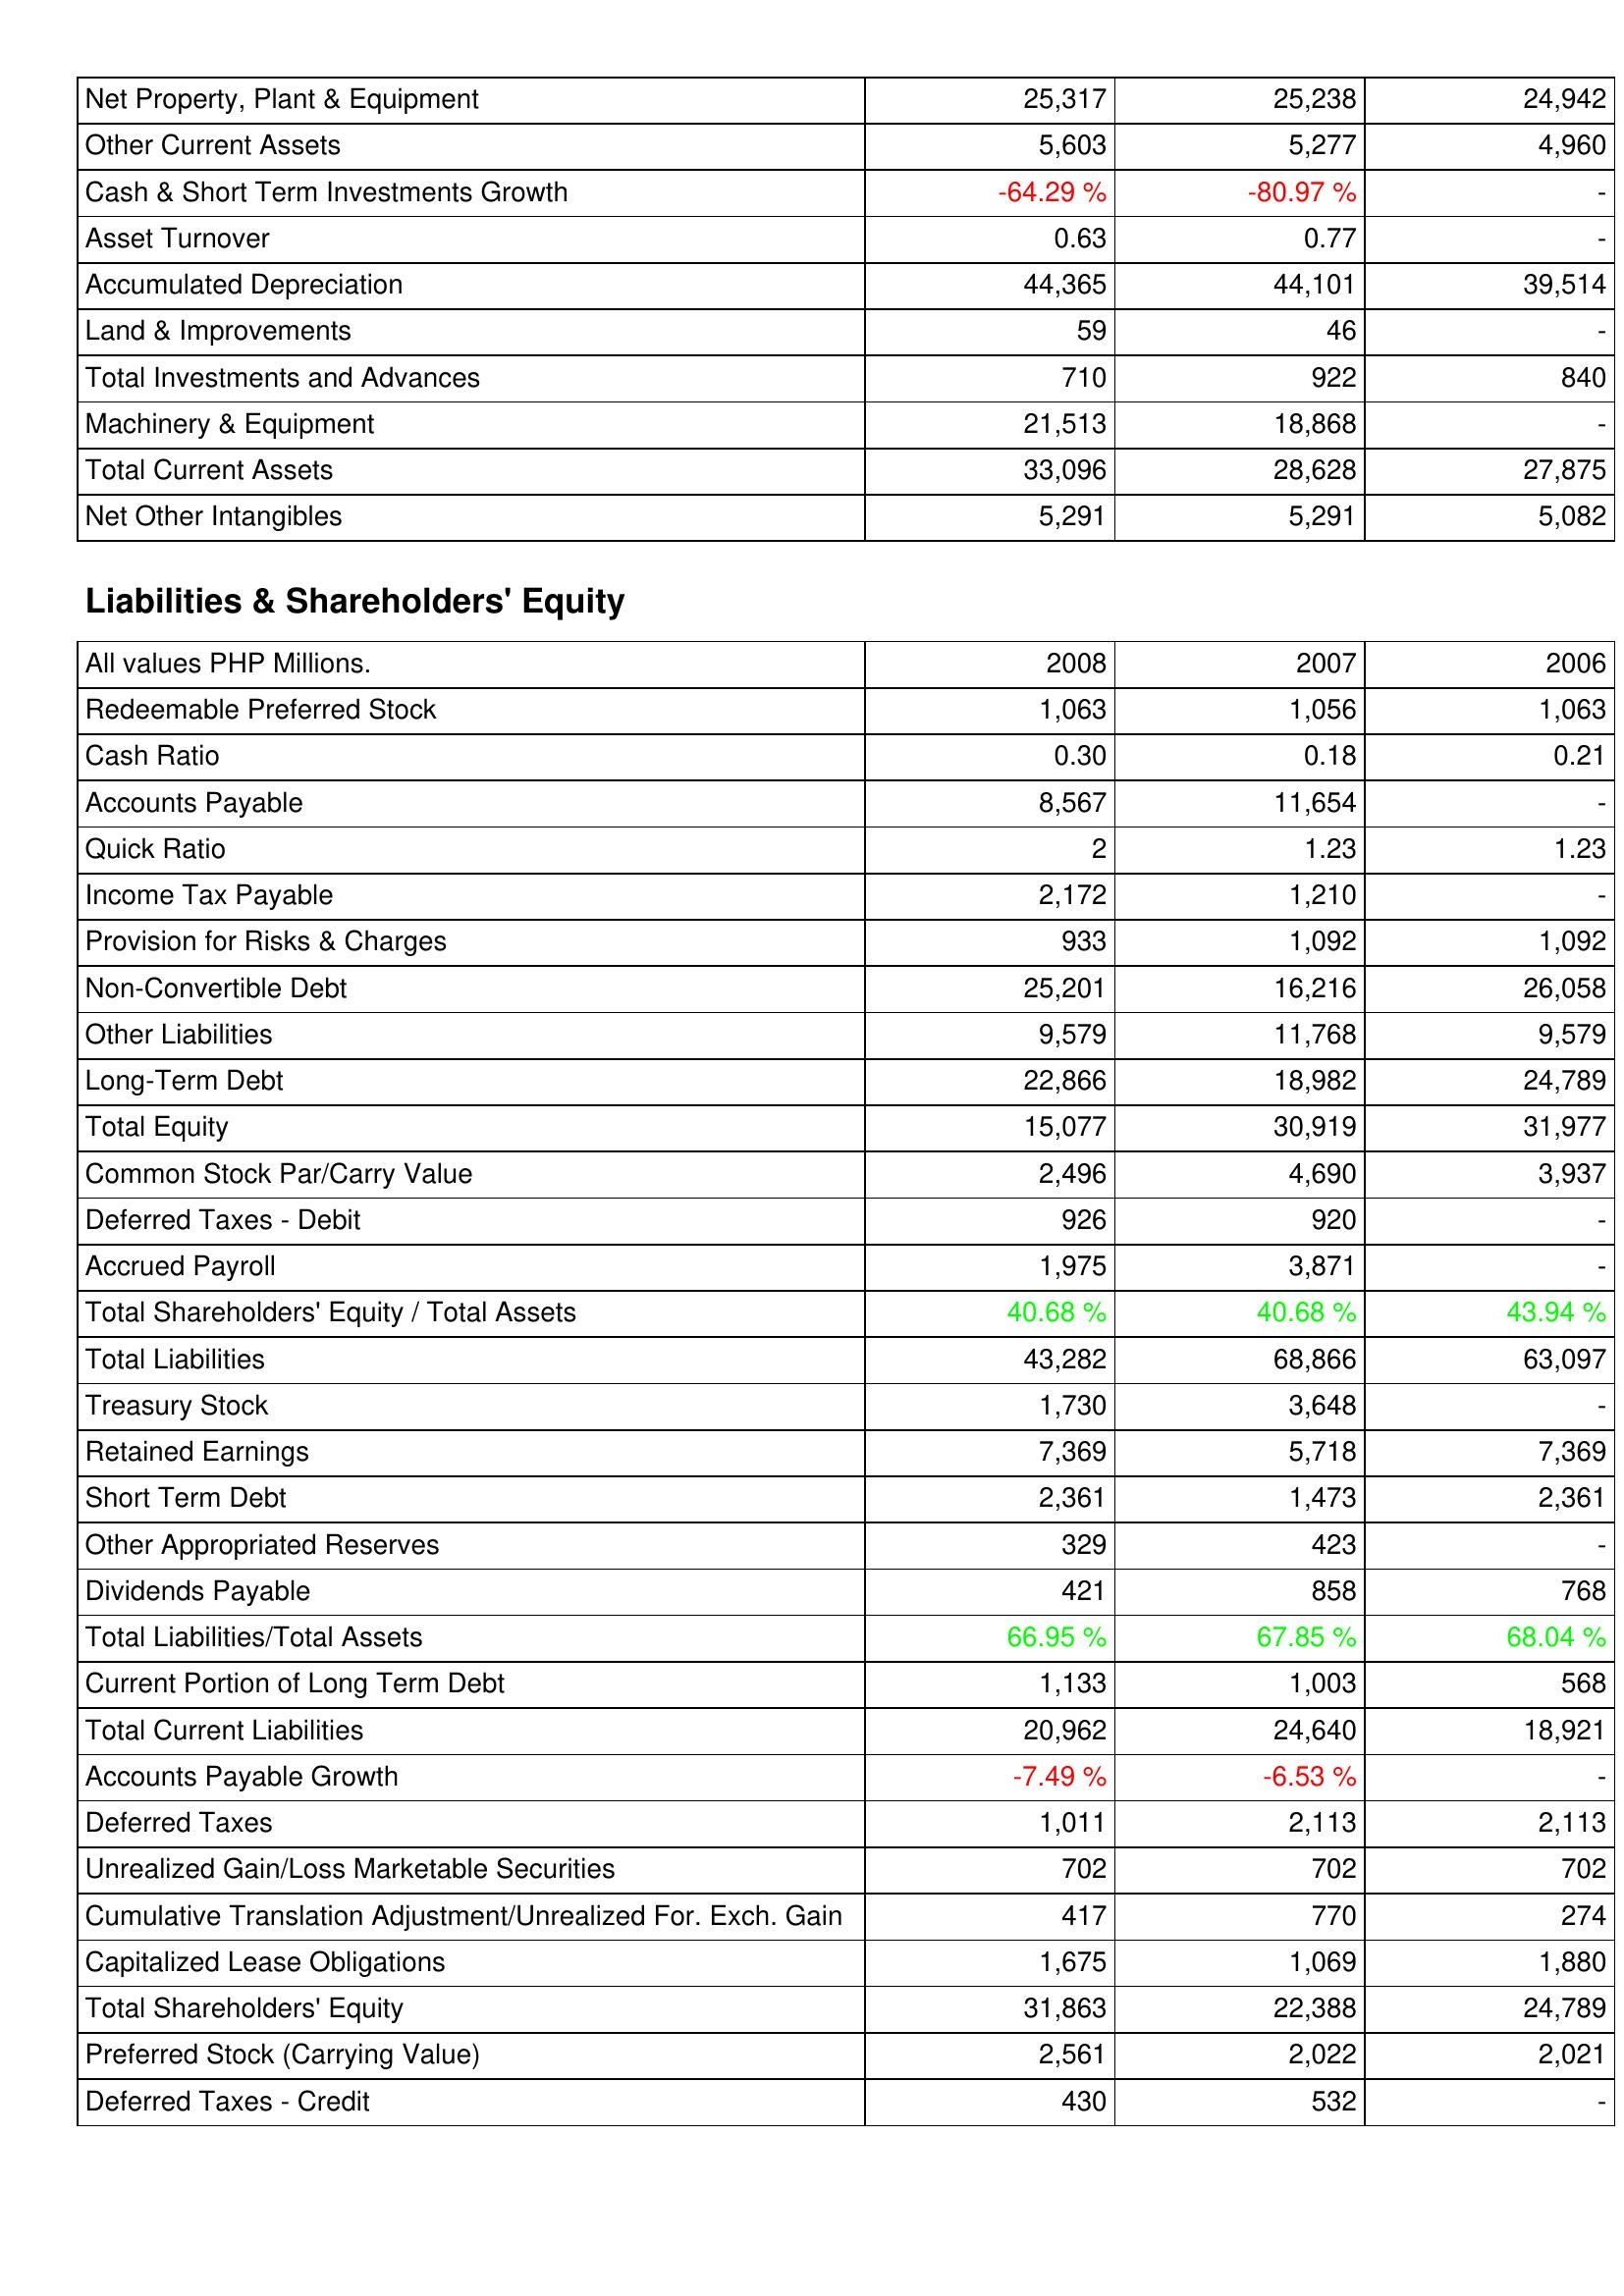
2008: Assets: Net Property, Plant & Equipment: 25,317
Other Current Assets: 5,603
Cash & Short Term Investments Growth: -64.29 %
Asset Turnover: 0.63
Accumulated Depreciation: 44,365
Land & Improvements: 59
Total Investments and Advances: 710
Machinery & Equipment: 21,513
Total Current Assets: 33,096
Net Other Intangibles: 5,291
Liabilities & Shareholders' Equity: Redeemable Preferred Stock: 1,063
Cash Ratio: 0.30
Accounts Payable: 8,567
Quick Ratio: 2
Income Tax Payable: 2,172
Provision for Risks & Charges: 933
Non-Convertible Debt: 25,201
Other Liabilities: 9,579
Long-Term Debt: 22,866
Total Equity: 15,077
Common Stock Par/Carry Value: 2,496
Deferred Taxes - Debit: 926
Accrued Payroll: 1,975
Total Shareholders' Equity / Total Assets: 40.68 %
Total Liabilities: 43,282
Treasury Stock: 1,730
Retained Earnings: 7,369
Short Term Debt: 2,361
Other Appropriated Reserves: 329
Dividends Payable: 421
Total Liabilities/Total Assets: 66.95 %
Current Portion of Long Term Debt: 1,133
Total Current Liabilities: 20,962
Accounts Payable Growth: -7.49 %
Deferred Taxes: 1,011
Unrealized Gain/Loss Marketable Securities: 702
Cumulative Translation Adjustment/Unrealized For. Exch. Gain: 417
Capitalized Lease Obligations: 1,675
Total Shareholders' Equity: 31,863
Preferred Stock (Carrying Value): 2,561
Deferred Taxes - Credit: 430
2007: Assets: Net Property, Plant & Equipment: 25,238
Other Current Assets: 5,277
Cash & Short Term Investments Growth: -80.97 %
Asset Turnover: 0.77
Accumulated Depreciation: 44,101
Land & Improvements: 46
Total Investments and Advances: 922
Machinery & Equipment: 18,868
Total Current Assets: 28,628
Net Other Intangibles: 5,291
Liabilities & Shareholders' Equity: Redeemable Preferred Stock: 1,056
Cash Ratio: 0.18
Accounts Payable: 11,654
Quick Ratio: 1.23
Income Tax Payable: 1,210
Provision for Risks & Charges: 1,092
Non-Convertible Debt: 16,216
Other Liabilities: 11,768
Long-Term Debt: 18,982
Total Equity: 30,919
Common Stock Par/Carry Value: 4,690
Deferred Taxes - Debit: 920
Accrued Payroll: 3,871
Total Shareholders' Equity / Total Assets: 40.68 %
Total Liabilities: 68,866
Treasury Stock: 3,648
Retained Earnings: 5,718
Short Term Debt: 1,473
Other Appropriated Reserves: 423
Dividends Payable: 858
Total Liabilities/Total Assets: 67.85 %
Current Portion of Long Term Debt: 1,003
Total Current Liabilities: 24,640
Accounts Payable Growth: -6.53 %
Deferred Taxes: 2,113
Unrealized Gain/Loss Marketable Securities: 702
Cumulative Translation Adjustment/Unrealized For. Exch. Gain: 770
Capitalized Lease Obligations: 1,069
Total Shareholders' Equity: 22,388
Preferred Stock (Carrying Value): 2,022
Deferred Taxes - Credit: 532
2006: Assets: Net Property, Plant & Equipment: 24,942
Other Current Assets: 4,960
Cash & Short Term Investments Growth: -
Asset Turnover: -
Accumulated Depreciation: 39,514
Land & Improvements: -
Total Investments and Advances: 840
Machinery & Equipment: -
Total Current Assets: 27,875
Net Other Intangibles: 5,082
Liabilities & Shareholders' Equity: Redeemable Preferred Stock: 1,063
Cash Ratio: 0.21
Accounts Payable: -
Quick Ratio: 1.23
Income Tax Payable: -
Provision for Risks & Charges: 1,092
Non-Convertible Debt: 26,058
Other Liabilities: 9,579
Long-Term Debt: 24,789
Total Equity: 31,977
Common Stock Par/Carry Value: 3,937
Deferred Taxes - Debit: -
Accrued Payroll: -
Total Shareholders' Equity / Total Assets: 43.94 %
Total Liabilities: 63,097
Treasury Stock: -
Retained Earnings: 7,369
Short Term Debt: 2,361
Other Appropriated Reserves: -
Dividends Payable: 768
Total Liabilities/Total Assets: 68.04 %
Current Portion of Long Term Debt: 568
Total Current Liabilities: 18,921
Accounts Payable Growth: -
Deferred Taxes: 2,113
Unrealized Gain/Loss Marketable Securities: 702
Cumulative Translation Adjustment/Unrealized For. Exch. Gain: 274
Capitalized Lease Obligations: 1,880
Total Shareholders' Equity: 24,789
Preferred Stock (Carrying Value): 2,021
Deferred Taxes - Credit: -